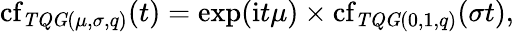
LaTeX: \operatorname{cf}_{\mathit{TQG}(\mu,\sigma,q)}(t)=\exp(\mathrm{i}t\mu)\times\operatorname{cf}_{\mathit{TQG}(0,1,q)}(\sigma t),